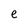
Character: e